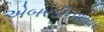
એબરડીનશાયર